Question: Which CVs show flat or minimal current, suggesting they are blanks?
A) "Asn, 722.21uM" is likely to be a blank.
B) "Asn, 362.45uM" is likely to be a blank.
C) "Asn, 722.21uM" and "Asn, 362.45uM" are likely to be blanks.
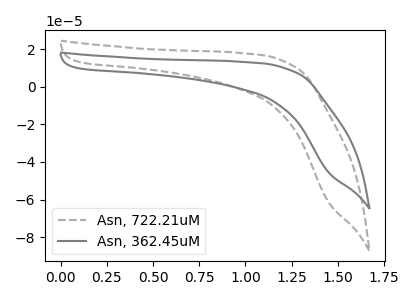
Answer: <think>The gray dashed curve "Asn, 722.21uM" has no peaks. The gray curve "Asn, 362.45uM" has no peaks.</think>
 <answer>C) "Asn, 722.21uM" and "Asn, 362.45uM" are likely to be blanks.</answer>
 <eval>C</eval>